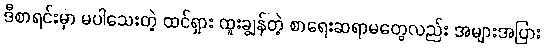
ဒီစာရင်းမှာ မပါသေးတဲ့ ထင်ရှား ထူးချွန်တဲ့ စာရေးဆရာမတွေလည်း အများအပြား